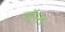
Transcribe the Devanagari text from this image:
डॉसर